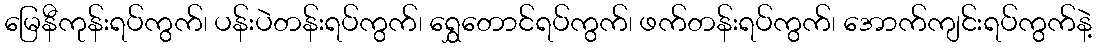
မြေနီကုန်းရပ်ကွက်၊ ပန်းပဲတန်းရပ်ကွက်၊ ရွှေတောင်ရပ်ကွက်၊ ဖက်တန်းရပ်ကွက်၊ အောက်ကျင်းရပ်ကွက်နဲ့